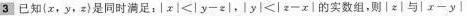
3 已知{x，y，z}是同时满足：$$| x | < | y - z |$$，$$| y | < | z - x |$$的实数组，则|z|与|x-y|